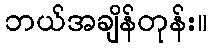
ဘယ်အချိန်တုန်း။